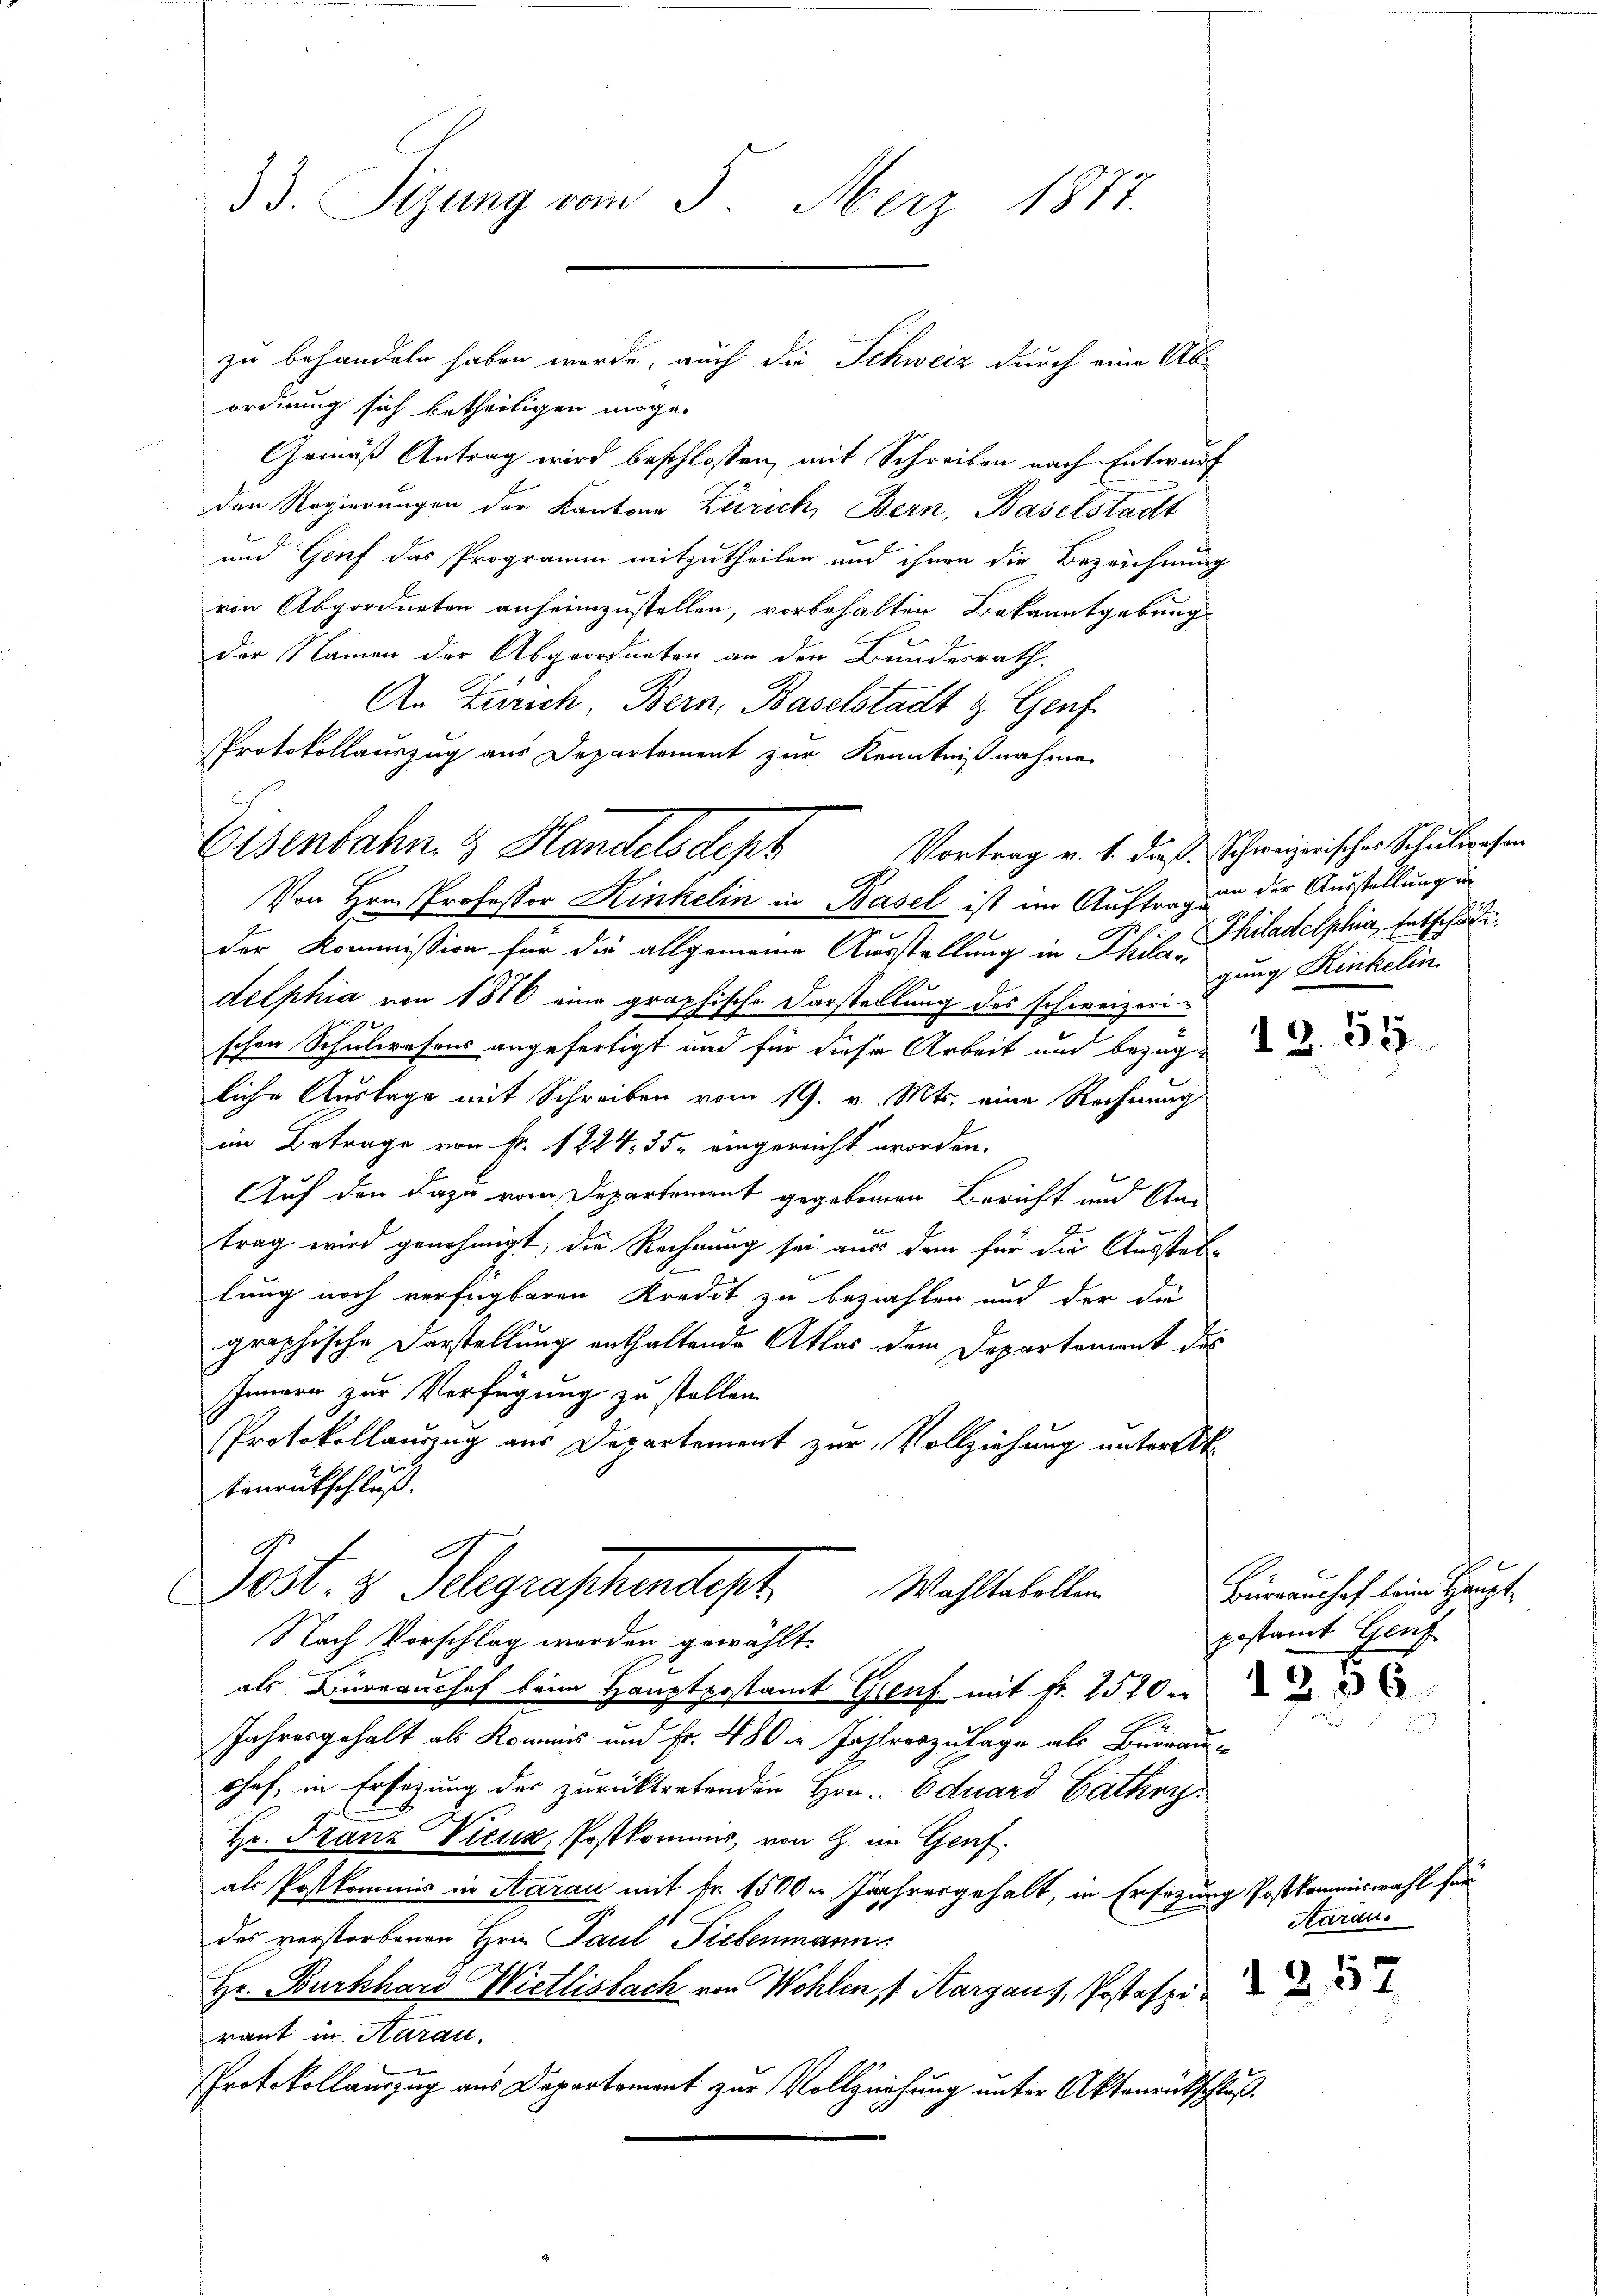
33. Sizung vom 5. März 1877.

zu behandeln haben werde, auch die Schweiz durch eine Abordnung sich betheiligen möge.
Gemäß Antrag wird beschlossen, mit Schreiben nach Entwurf
den Regierungen der Kanton Zürich, Bern, Baselstadt
und Genf das Programm mitzutheilen und ihren die Bezeichnung
von Abgordneten anheimzustellen, vorbehalten Bekanntgebung
der Namen der Abgeordneten an den Bundesrath,
An Zürich, Bern, Baselstadt & Genf
Protokollauszug aus Departement zur Kenntnißnahme
Von Hrn. Professor Kinkelin in Basel ist im Auftrag an der Ausstellung in
der Kommission für die allgemeine Ausstellung in Phil. Philadelphia, Entschäftidelphia von 1816 eine graphische Darstellung des schweizerischen Schulwesens angefertigt und für diese Arbeit und bezüg-
liche Auslage mit Schreiben vom 19. v. Mts. eine Rechnung
im Betrage von Fr. 1224 35. eingereicht worden.
Auf den dazu vom Departement gegebenen Bericht und Antrag wird genehmigt, die Rechnung sei aus dem für die Ausstel-
lung noch verfügbaren Kredit zu bezahlen und der die
graphische Darstellung enthaltende Atlas dem Departament des
Innern zur Verfügung zu stellen.
Protokollauszug aus Departement zur Vollziehung unterst
tenrütschluß.
Post. v. Belegraschendet.
Wahltabellen
Nach Vorschlag werden gewählt:
als Büreauchef beim Hauptpostamt Genf mit Fr. 2520 e
Jahresgehalt als Kommis und Fr. 480 n Jahreszulage als Burrau-
shof, in Ersezung des zurücktretenden Hrn. Eduard Gathy
Hr. Franz Vieux, Postkommis, von G. im Genf
als Postkommis in Aarau mit Fr. 1500. Jahresgehalt, in Ersezung Postkommiswahl für
des verstorbenen Hrn. Paul Siebenmann
Hr. Burkhard Wietlisbach von Wohlen, 1. Aargaus, Postaspi
raut in Haran.
PProtokollauszug aus Departement zur Vollziehung unter Aktenrütschluß.

Elsenbahn & Handelsdept

Vortrag v. 1. dieß Schweizerisches Schulipeson
gung Kinkelin

12. 59

Büreaushof beim Hauptgestamt Gruf
1296

Aaraus